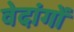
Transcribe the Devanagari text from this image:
वेदांगाें